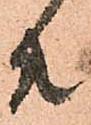
共